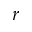
r